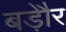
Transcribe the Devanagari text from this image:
बड़ेौर